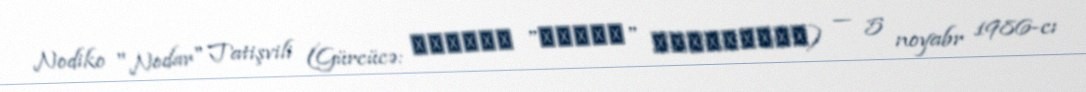
Nodiko "Nodar" Tatişvili (Gürcücə: ნოდიკო "ნოდარ" თათიშვილი) — 5 noyabr 1986-cı